画像に写った文字を読んでください
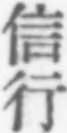
「信行」と書いてあります